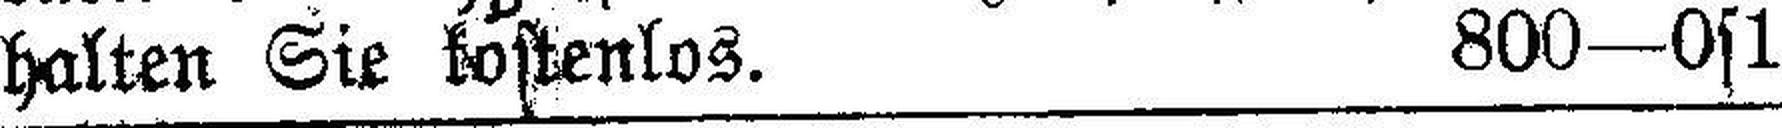
halten Sie kostenlos. 800—0s1